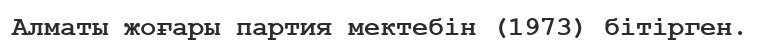
Алматы жоғары партия мектебін (1973) бітірген.